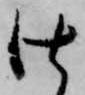
仕